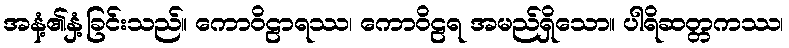
အနံ့၏နှံ့ခြင်းသည်။ ကောဝိဠာရဿ၊ ကောဝိဠရ အမည်ရှိသော။ ပါရိဆတ္တကဿ၊